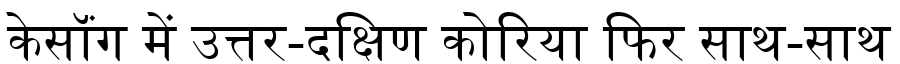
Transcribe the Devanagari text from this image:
केसॉंग में उत्तर-दक्षिण कोरिया फिर साथ-साथ